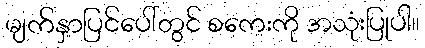
မျက်နှာပြင်ပေါ်တွင် စကေးကို အသုံးပြုပါ။